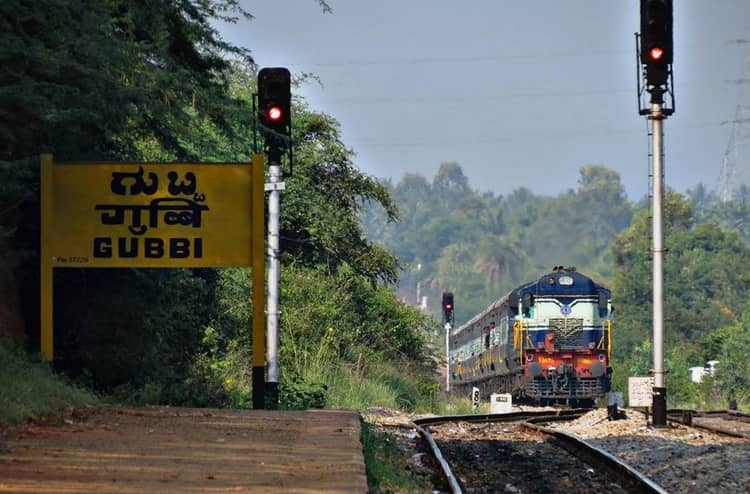
Language: kannada
Transcription: ಗುಬ್ಬಿ